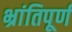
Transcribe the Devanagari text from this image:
भ्रांतिपूर्ण